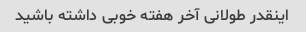
اینقدر طولانی آخر هفته خوبی داشته باشید